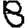
Digit: 8